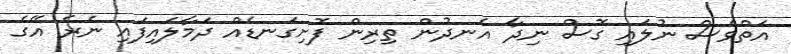
އަތްވެސް ނުލައި ގޮސް ނިދާ އެނދުން ތިރިން ފޮށިގަނޑެއް ދަމާލައިފައި ނެރެ އޭގެ